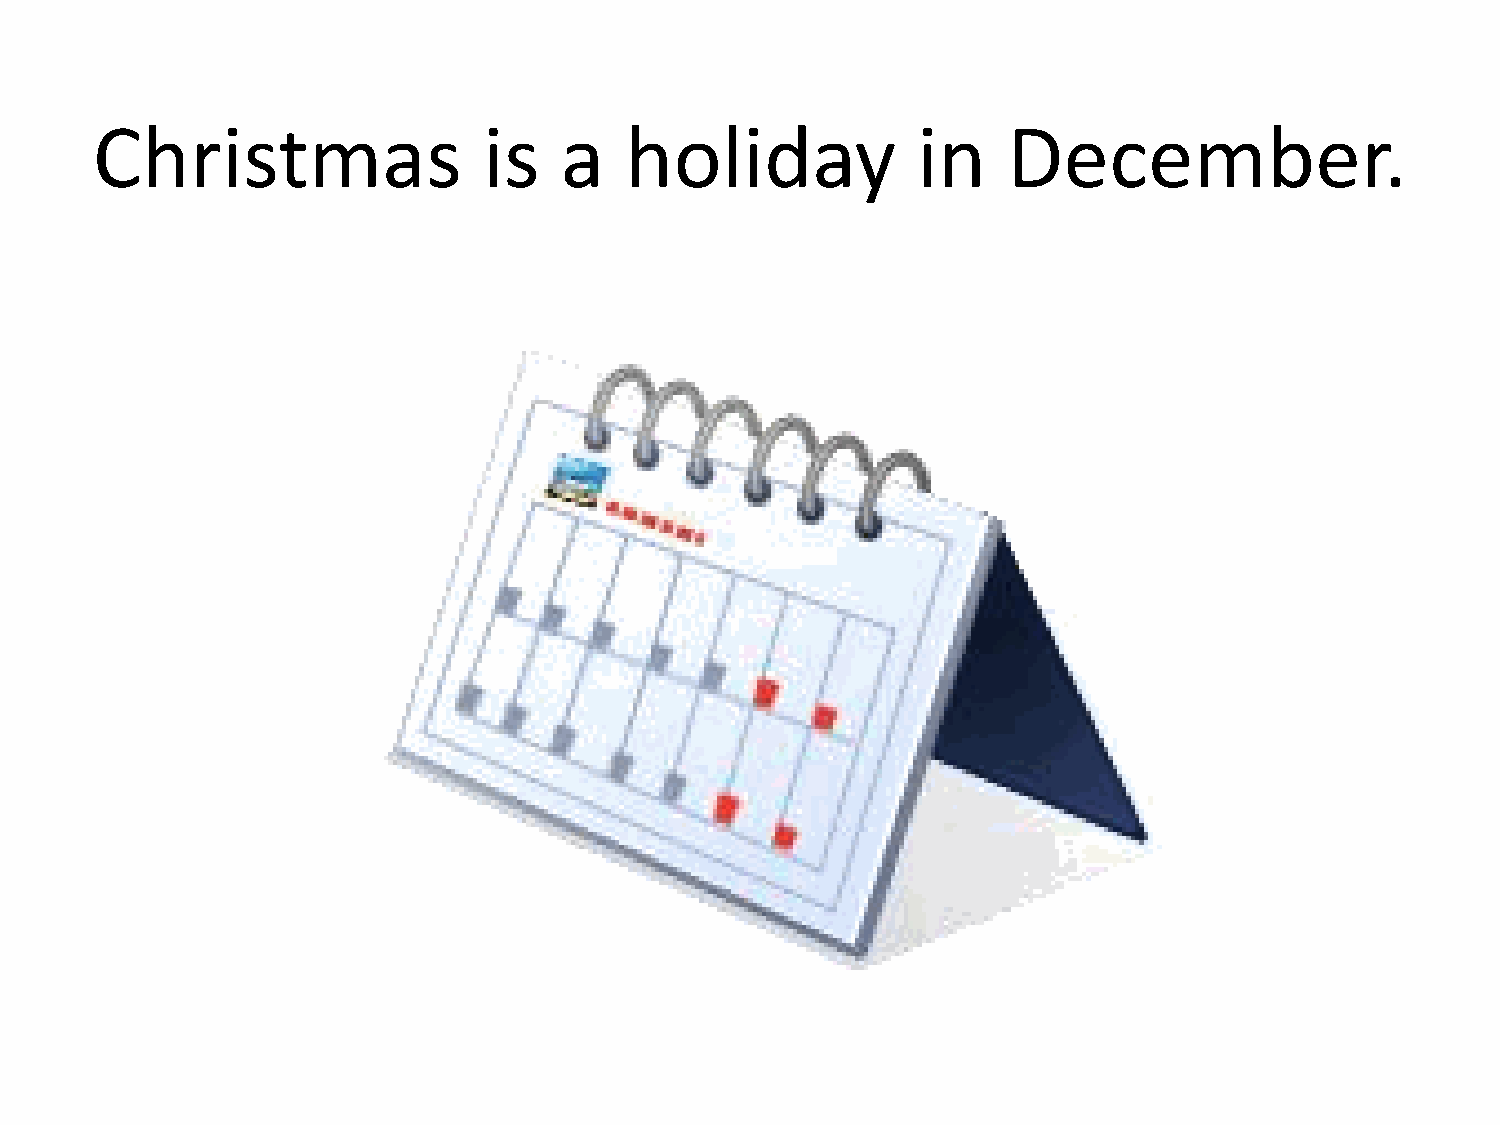
Christmas                 is   a   holiday             in    December.